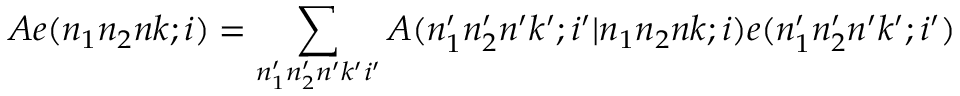
A e ( n _ { 1 } n _ { 2 } n k ; i ) = \sum _ { n _ { 1 } ^ { \prime } n _ { 2 } ^ { \prime } n ^ { \prime } k ^ { \prime } i ^ { \prime } } A ( n _ { 1 } ^ { \prime } n _ { 2 } ^ { \prime } n ^ { \prime } k ^ { \prime } ; i ^ { \prime } | n _ { 1 } n _ { 2 } n k ; i ) e ( n _ { 1 } ^ { \prime } n _ { 2 } ^ { \prime } n ^ { \prime } k ^ { \prime } ; i ^ { \prime } )